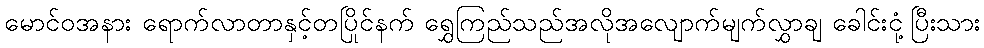
မောင်ဝအနား ရောက်လာတာနှင့်တပြိုင်နက် ရွှေကြည်သည်အလိုအလျောက်မျက်လွှာချ ခေါင်းငုံ့ပြီးသား